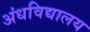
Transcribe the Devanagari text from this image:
अंधविद्यालय